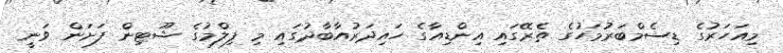
މިއަހަރުގެ ޑިސެމްބަރުމަހުގެ ތެރޭގައި އިންޑިއާގެ ހައިދަރުއާބާދުގައި މި ފިލްމުގެ ޝޫޓިން ފަށަން ވަނީ